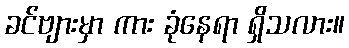
ခင်ဗျားမှာ ကား ခုံနေရာ ရှိသလား။